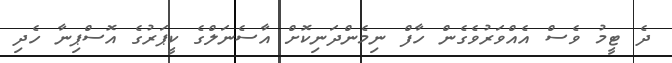
ދެ ޓީމު ވެސް އެއްވަރުވެގެން ހާފް ނިމެންދަނިކޮށް އާސެނަލްގެ ކީޕަރުގެ އޮސްޕިނާ ހެދި